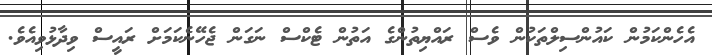
އެހެންކަމުން ކައުންސިލްތަކުން ވެސް ރައްޔިތުންގެ އަތުން ޓެކްސް ނަގަން ޖެހޭނެކަމަށް ރައީސް ވިދާޅުވިއެވެ.